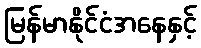
မြန်မာနိုင်ငံအနေနှင့်